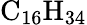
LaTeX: \mathrm{C_{16}H_{34}}